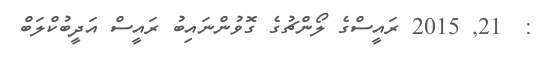
:  21